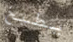
يطبخ